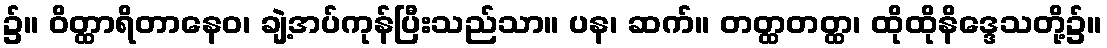
၌။ ဝိတ္ထာရိတာနေဝ၊ ချဲ့အပ်ကုန်ပြီးသည်သာ။ ပန၊ ဆက်။ တတ္ထတတ္ထ၊ ထိုထိုနိဒ္ဒေသတို့၌။